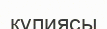
құпиясы